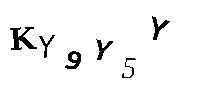
KY9Y5Y